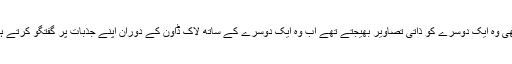
کبھی وہ ایک دوسرے کو ذاتی تصاویر بھیجتے تھے اب وہ ایک دوسرے کے ساتھ لاک ڈاون کے دوران اپنے جذبات پر گفتگو کرتے ہیں۔